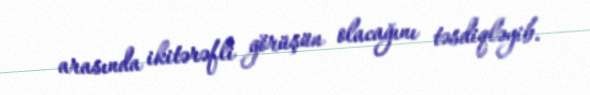
arasında ikitərəfli görüşün olacağını təsdiqləyib.